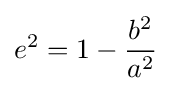
e^{2}=1-{\frac {b^{2}}{a^{2}}}